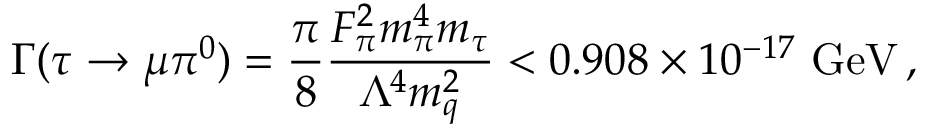
\Gamma ( \tau \rightarrow \mu \pi ^ { 0 } ) = \frac { \pi } { 8 } \frac { F _ { \pi } ^ { 2 } m _ { \pi } ^ { 4 } m _ { \tau } } { \Lambda ^ { 4 } m _ { q } ^ { 2 } } < 0 . 9 0 8 \times 1 0 ^ { - 1 7 } ~ \mathrm { G e V } \, ,